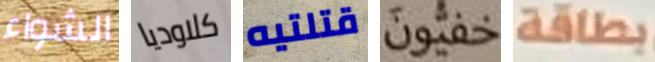
الشواء كلاوديا قتلتيه خفيون بطاقة